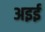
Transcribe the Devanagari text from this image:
अइई